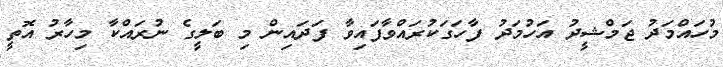
މުހައްމަދު ޖަމްޝީދު އަހުމަދު ފާހަގަކުރައްވާފައިވާ ފަދައިން މި ބަލީގެ ނުރައްކާ މިހާރު އޮތީ